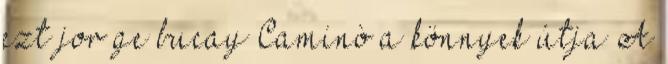
ezt jor ge bucay Caminò a könnyek útja A